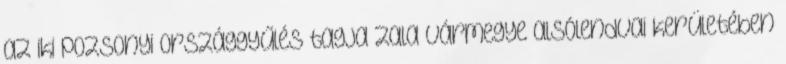
az iki pozsonyi országgyűlés tagja Zala vármegye alsólendvai kerületében